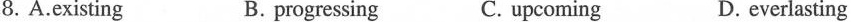
8.A. existing B.progressing C.upcoming D. everlasting